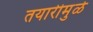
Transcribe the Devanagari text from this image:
तयारीमुळे